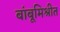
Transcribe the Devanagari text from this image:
बांबूमिश्रीत